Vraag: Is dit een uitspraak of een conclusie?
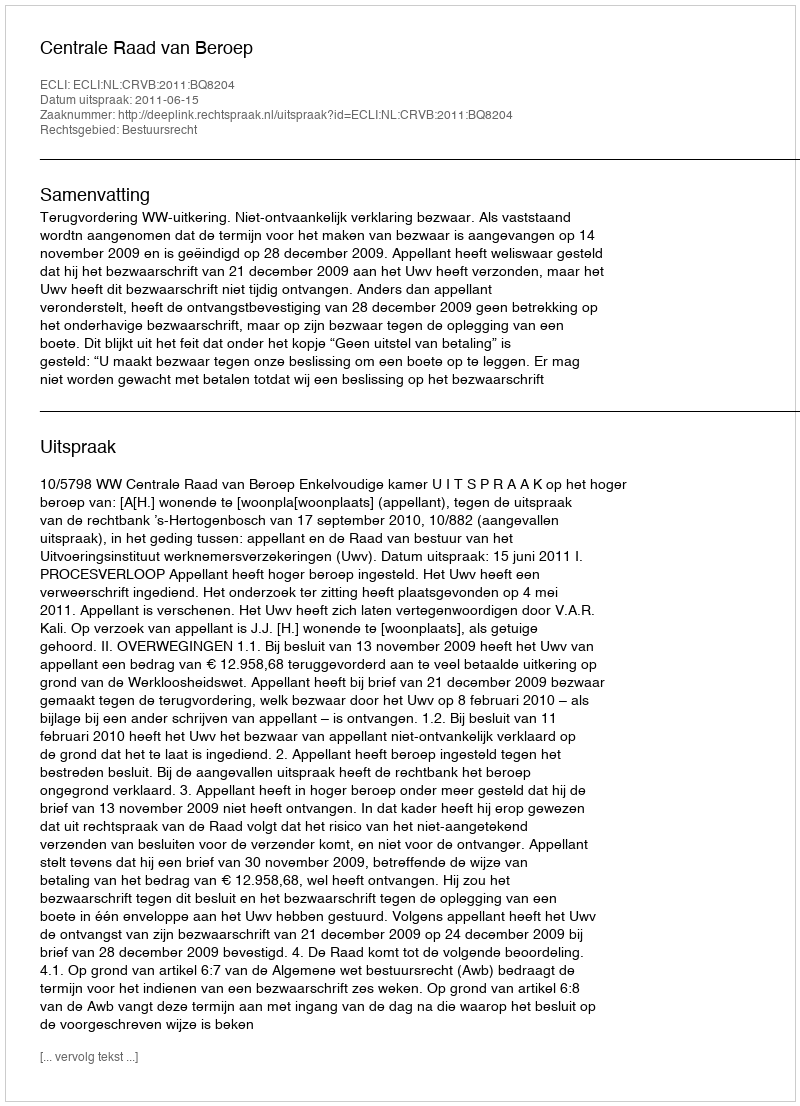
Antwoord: Uitspraak